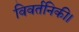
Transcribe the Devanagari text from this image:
विवर्तनिकी।